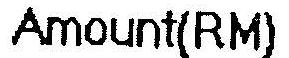
AMOUNT(RM)